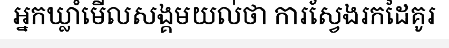
អ្នកឃ្លាំមើលសង្គមយល់ថា ការស្វែងរកដៃគូរ